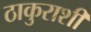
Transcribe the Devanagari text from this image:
ठाकुराशी